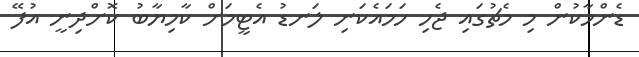
ޑެންމާކުން މި މެޗުގައި ޖެހި ހަމައެކަނި ލަނޑު އެޓީމަށް ކާމިޔާބު ކޮށްދިނީ އުފޭ